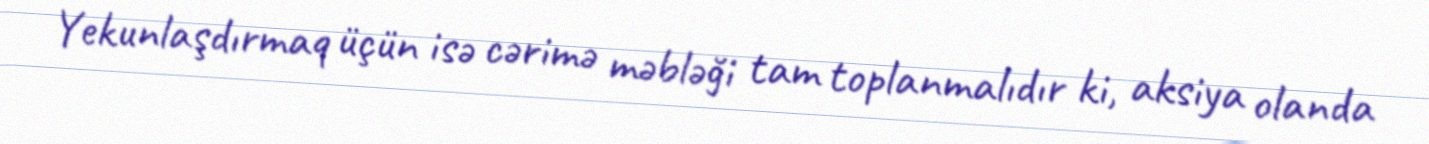
Yekunlaşdırmaq üçün isə cərimə məbləği tam toplanmalıdır ki, aksiya olanda